Indian journal of veterinary science and animal husbandry - Volume 13,
Year: 1943
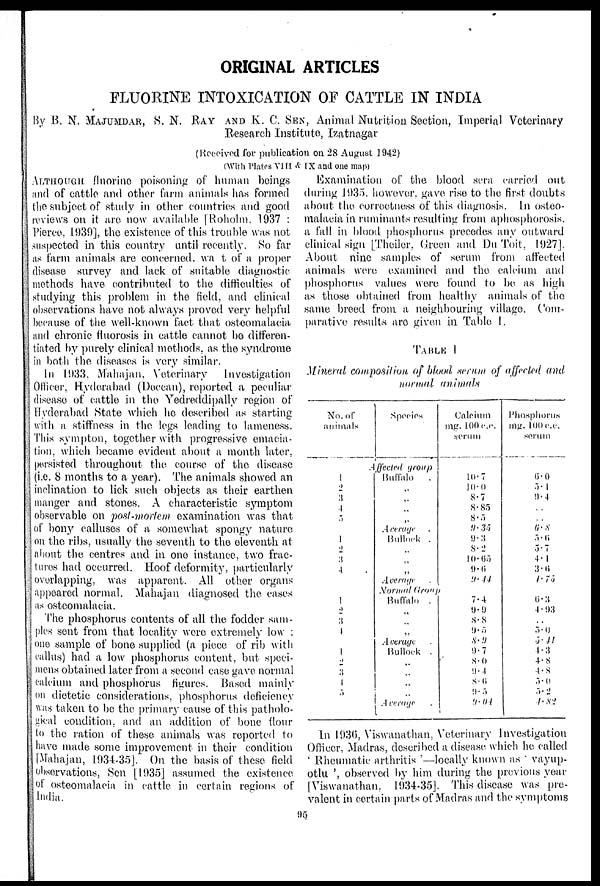
ORIGINAL ARTICLES
FLUORINE INTOXICATION OF CATTLE IN INDIA
By B. N. MAUMDAR, S. N. RAY AND K. C. SEN, Animal Nutrition Section, Imperial Veterinary
Research Institute, Izatnagar
(Received for publication on 28 August 1942)
(With Plates VIII & IX and one map)
ALTHOUGH fluorine poisoning of human beings
and of cattle and other farm animals has formed
the subject of study in other countries and good
reviews on it are now available [Roholm. 1937 :
Pierce, 1.939], the existence of this trouble was not
suspected in this country until recently. So far
as farm animals are concerned, wait of a proper
disease survey and lack of suitable diagnostic
methods have contributed to the difficulties of
studying this problem in the field, and clinical
observations have not always proved very helpful
because of the well-known fact that osteomalacia
and chronic fluorosis in cattle cannot be differen-
tiated by purely clinical methods, as the syndrome
in both the diseases is very similar.
In 1933, Mahajan, Veterinary
Investigation
Officer, Hyderabad (Deccan), reported a peculiar
disease of cattle in the Yedreddipally region of
Hyderabad State which he described as starting
with a stiffness in the legs leading to lameness.
This sympton, together with progressive emacia-
tion, which became evident about a month later,
persisted throughout the course of the disease
(i.e. 8 months to a year). The animals showed an
inclination to lick such objects as their earthen
manger and stones. A characteristic symptom
observable on post-mortem examination was that
of bony calluses of a somewhat spongy nature
on the ribs, usually the seventh to the eleventh at
about the centres and in one instance, two frac-
tures had occurred. Hoof deformity, particularly
overlapping, was apparent. All other organs
appeared normal. Mahajan diagnosed the cases
as osteomalacia.
The phosphorus contents of all the fodder sam-
ples sent from that locality were extremely low ;
one sample of bone supplied (a piece of rib with
callus) had a low phosphorus content, but speci-
mens obtained later from a second case gave normal
calcium and phosphorus figures. Based mainly
on dietetic considerations, phosphorus deficiency
was taken to be the primary cause of this patholo-
gical condition, and an addition of bone flour
to the ration of these animals was reported to
have made some improvement in their condition
[Mahajan, 1934-35]. On the basis of these field
observations, Sen [1935] assumed the existence
of osteomalacia in cattle in certain regions of
India.
Examination. of the blood sera carried out
during 1935. however, gave rise to the first doubts
about the correctness of this diagnosis. In osteo-
malacia in ruminants resulting from aphosphorosis.
a fall in blood phosphorus precedes any outward
clinical sign [Theiler. Green and Du Toit, 1927].
About nine samples of serum from affected
animals were examined and the calcium and
phosphorus values were found to be as high
as those obtained from healthy animals of the
same breed from a neighbouring village. Com-
parative results are given in Table I.
TABLE I
Mineral composition of blood serum of affected and
normal animals
No. of
animals
1
2
3
4
5
1
2
3
4
1
2
3
4
1
2
3
4
5
Species
Affected group
Buffalo
„
„
„
„
Average
Bullock .
„
„
„
Average
10.7
10.0
8.7
8.85
8.5
9.35
9.3
8.2
10.65
9.6
9.44
Normal Group
Buffalo .
„
„
„
Average
Bullock .
„
„
„
„
Average
7.4
9.9
8.8
9.5
8.9
9.7
8.0
9.4
8.6
9.5
9.04.
Phosphorus
mg. 100 c.c.
serum
6.0
5.1
9.4
..
..
6.8
5.6
5.7
4.1
3.6
4.75
6.3
4.93
..
5.0
5.41
4.3
4.8
4.8
5.0
5.2
4.82
In 1936, Viswanathan, Veterinary Investigation
Officer, Madras, described a disease which he called
' Rheumatic arthritis '—locally known as vayup-
otlu ', observed by him during the previous year
[Viswanathan, 1934-35]. This disease was pre-
valent in certain parts of Madras and the symptoms
95